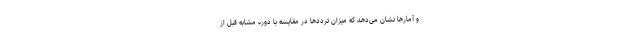
و آمارها نشان می‌دهد که میزان ترددها در مقایسه با دوره مشابه قبل از